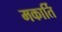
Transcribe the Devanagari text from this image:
मकार्ति